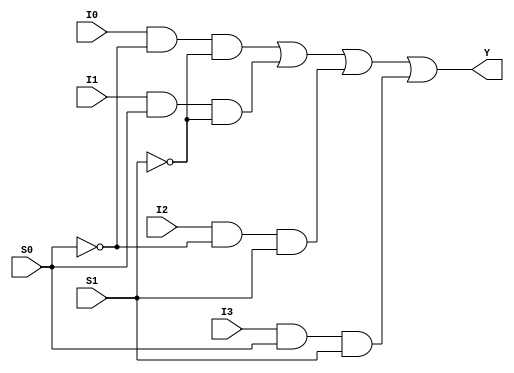
module MUX41g(Y,I0,I1,I2,I3,S0,S1);
input I0,I1,I2,I3,S0,S1;
output Y;
wire T1,T2,T3,T4,S0bar,S1bar;

not (S0bar, S0);
not (S1bar, S1);
and (T1, I0, S0bar, S1bar);
and (T2, I1, S0, S1bar);
and (T3, I2, S0bar, S1);
and (T4, I3, S0, S1);
or (Y,T1,T2,T3,T4);

endmodule